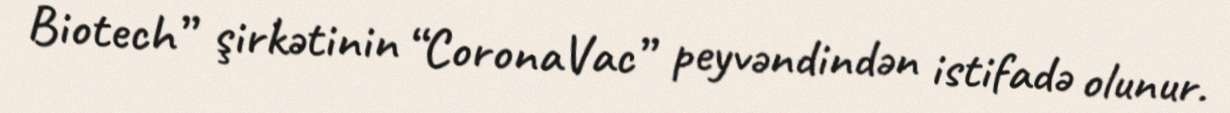
Biotech” şirkətinin “CoronaVac” peyvəndindən istifadə olunur.